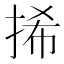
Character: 𢬾